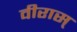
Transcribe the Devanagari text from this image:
वीरास्